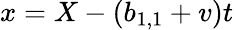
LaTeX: x=X-(b_{1,1}+v)t